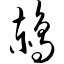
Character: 鸫